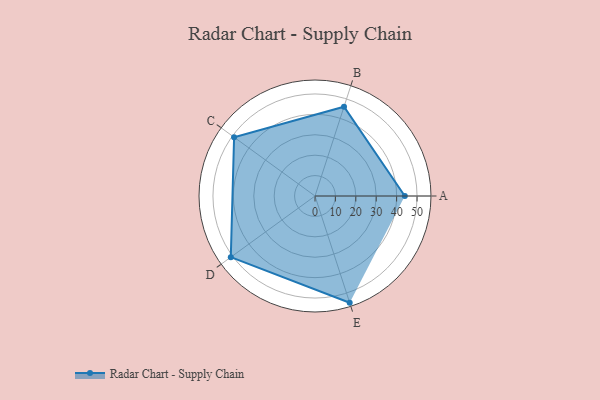
{"axis": {"x": "Skill", "y": "Score"}, "legend": ["Profile"], "data": [{"x": "A", "y": 44.0, "type": "Profile"}, {"x": "B", "y": 46.0, "type": "Profile"}, {"x": "C", "y": 49.0, "type": "Profile"}, {"x": "D", "y": 51.0, "type": "Profile"}, {"x": "E", "y": 55.0, "type": "Profile"}]}